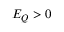
E _ { Q } > 0